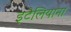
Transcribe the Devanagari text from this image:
इटैलियाना